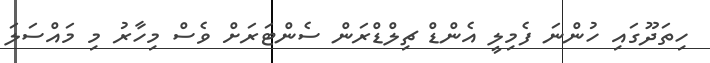
ހިތަދޫގައި ހުންނަ ފެމިލީ އެންޑް ޗިލްޑްރަން ސެންޓަރަށް ވެސް މިހާރު މި މައްސަލަ